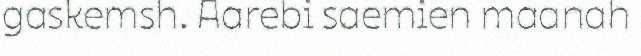
gaskemsh. Aarebi saemien maanah